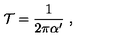
\mathcal { T } = \frac { 1 } { 2 \pi \alpha ^ { \prime } } \ ,